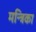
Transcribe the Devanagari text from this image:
मन्त्रिका